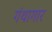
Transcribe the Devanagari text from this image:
गंथागार